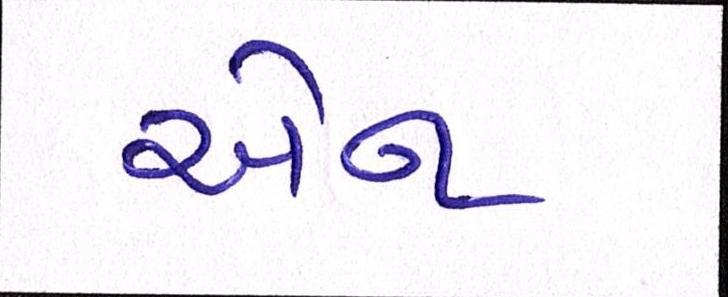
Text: એન